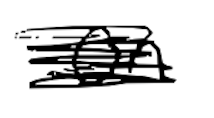
Text: on
Cross-out: scratch
Writing tool: digital_black